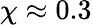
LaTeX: \chi\approx 0.3